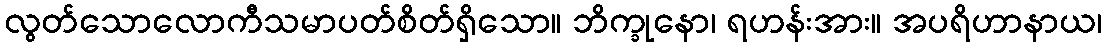
လွတ်သောလောကီသမာပတ်စိတ်ရှိသော။ ဘိက္ခုနော၊ ရဟန်းအား။ အပရိဟာနာယ၊